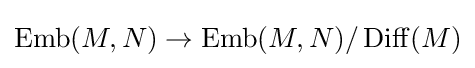
\operatorname {Emb} (M,N)\to \operatorname {Emb} (M,N)/\operatorname {Diff} (M)